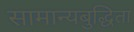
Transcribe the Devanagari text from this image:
सामान्यबुद्धिता